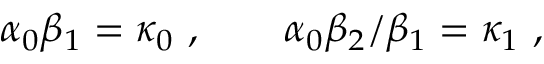
\alpha _ { 0 } \beta _ { 1 } = \kappa _ { 0 } \ , \qquad \alpha _ { 0 } \beta _ { 2 } / \beta _ { 1 } = \kappa _ { 1 } \ ,